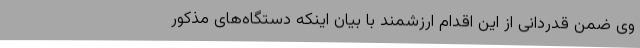
وی ضمن قدردانی از این اقدام ارزشمند با بیان اینکه دستگاه‌های مذکور